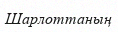
Шарлоттаның